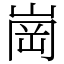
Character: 崗